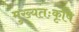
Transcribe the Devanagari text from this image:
मुख्यतःकृषि